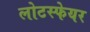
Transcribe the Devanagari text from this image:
लोटस्फेयर